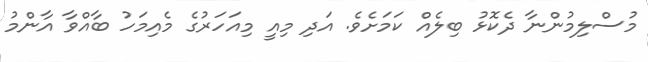
މުސްލިމުންނާ ދެކޮޅު ބިލެއް ކަމަށެވެ. އަދި މިއީ މިއަހަރުގެ މެއިމަހު ބާއްވާ އާންމު